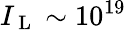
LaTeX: I_{\mathrm{~L~}}\sim 10^{19}